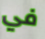
في